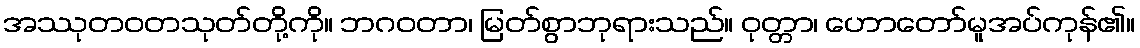
အဿုတဝတသုတ်တို့ကို။ ဘဂဝတာ၊ မြတ်စွာဘုရားသည်။ ဝုတ္တာ၊ ဟောတော်မူအပ်ကုန်၏။